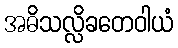
အဓိသလ္လိခတေဝါယံ